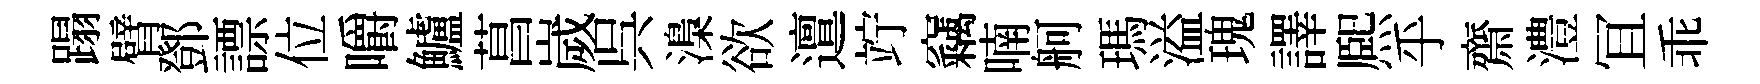
蹋臂鄧謤位嚼鱸菖嵗呉𣻏欲邅竚竊喃舸瑪溢瑰譯熈乎齋澧冝乖